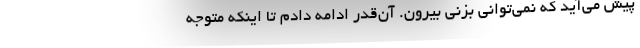
پیش می‌آید که نمی‌توانی بزنی بیرون. آن‌قدر ادامه دادم تا اینکه متوجه